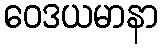
ဝေဒယမာနာ